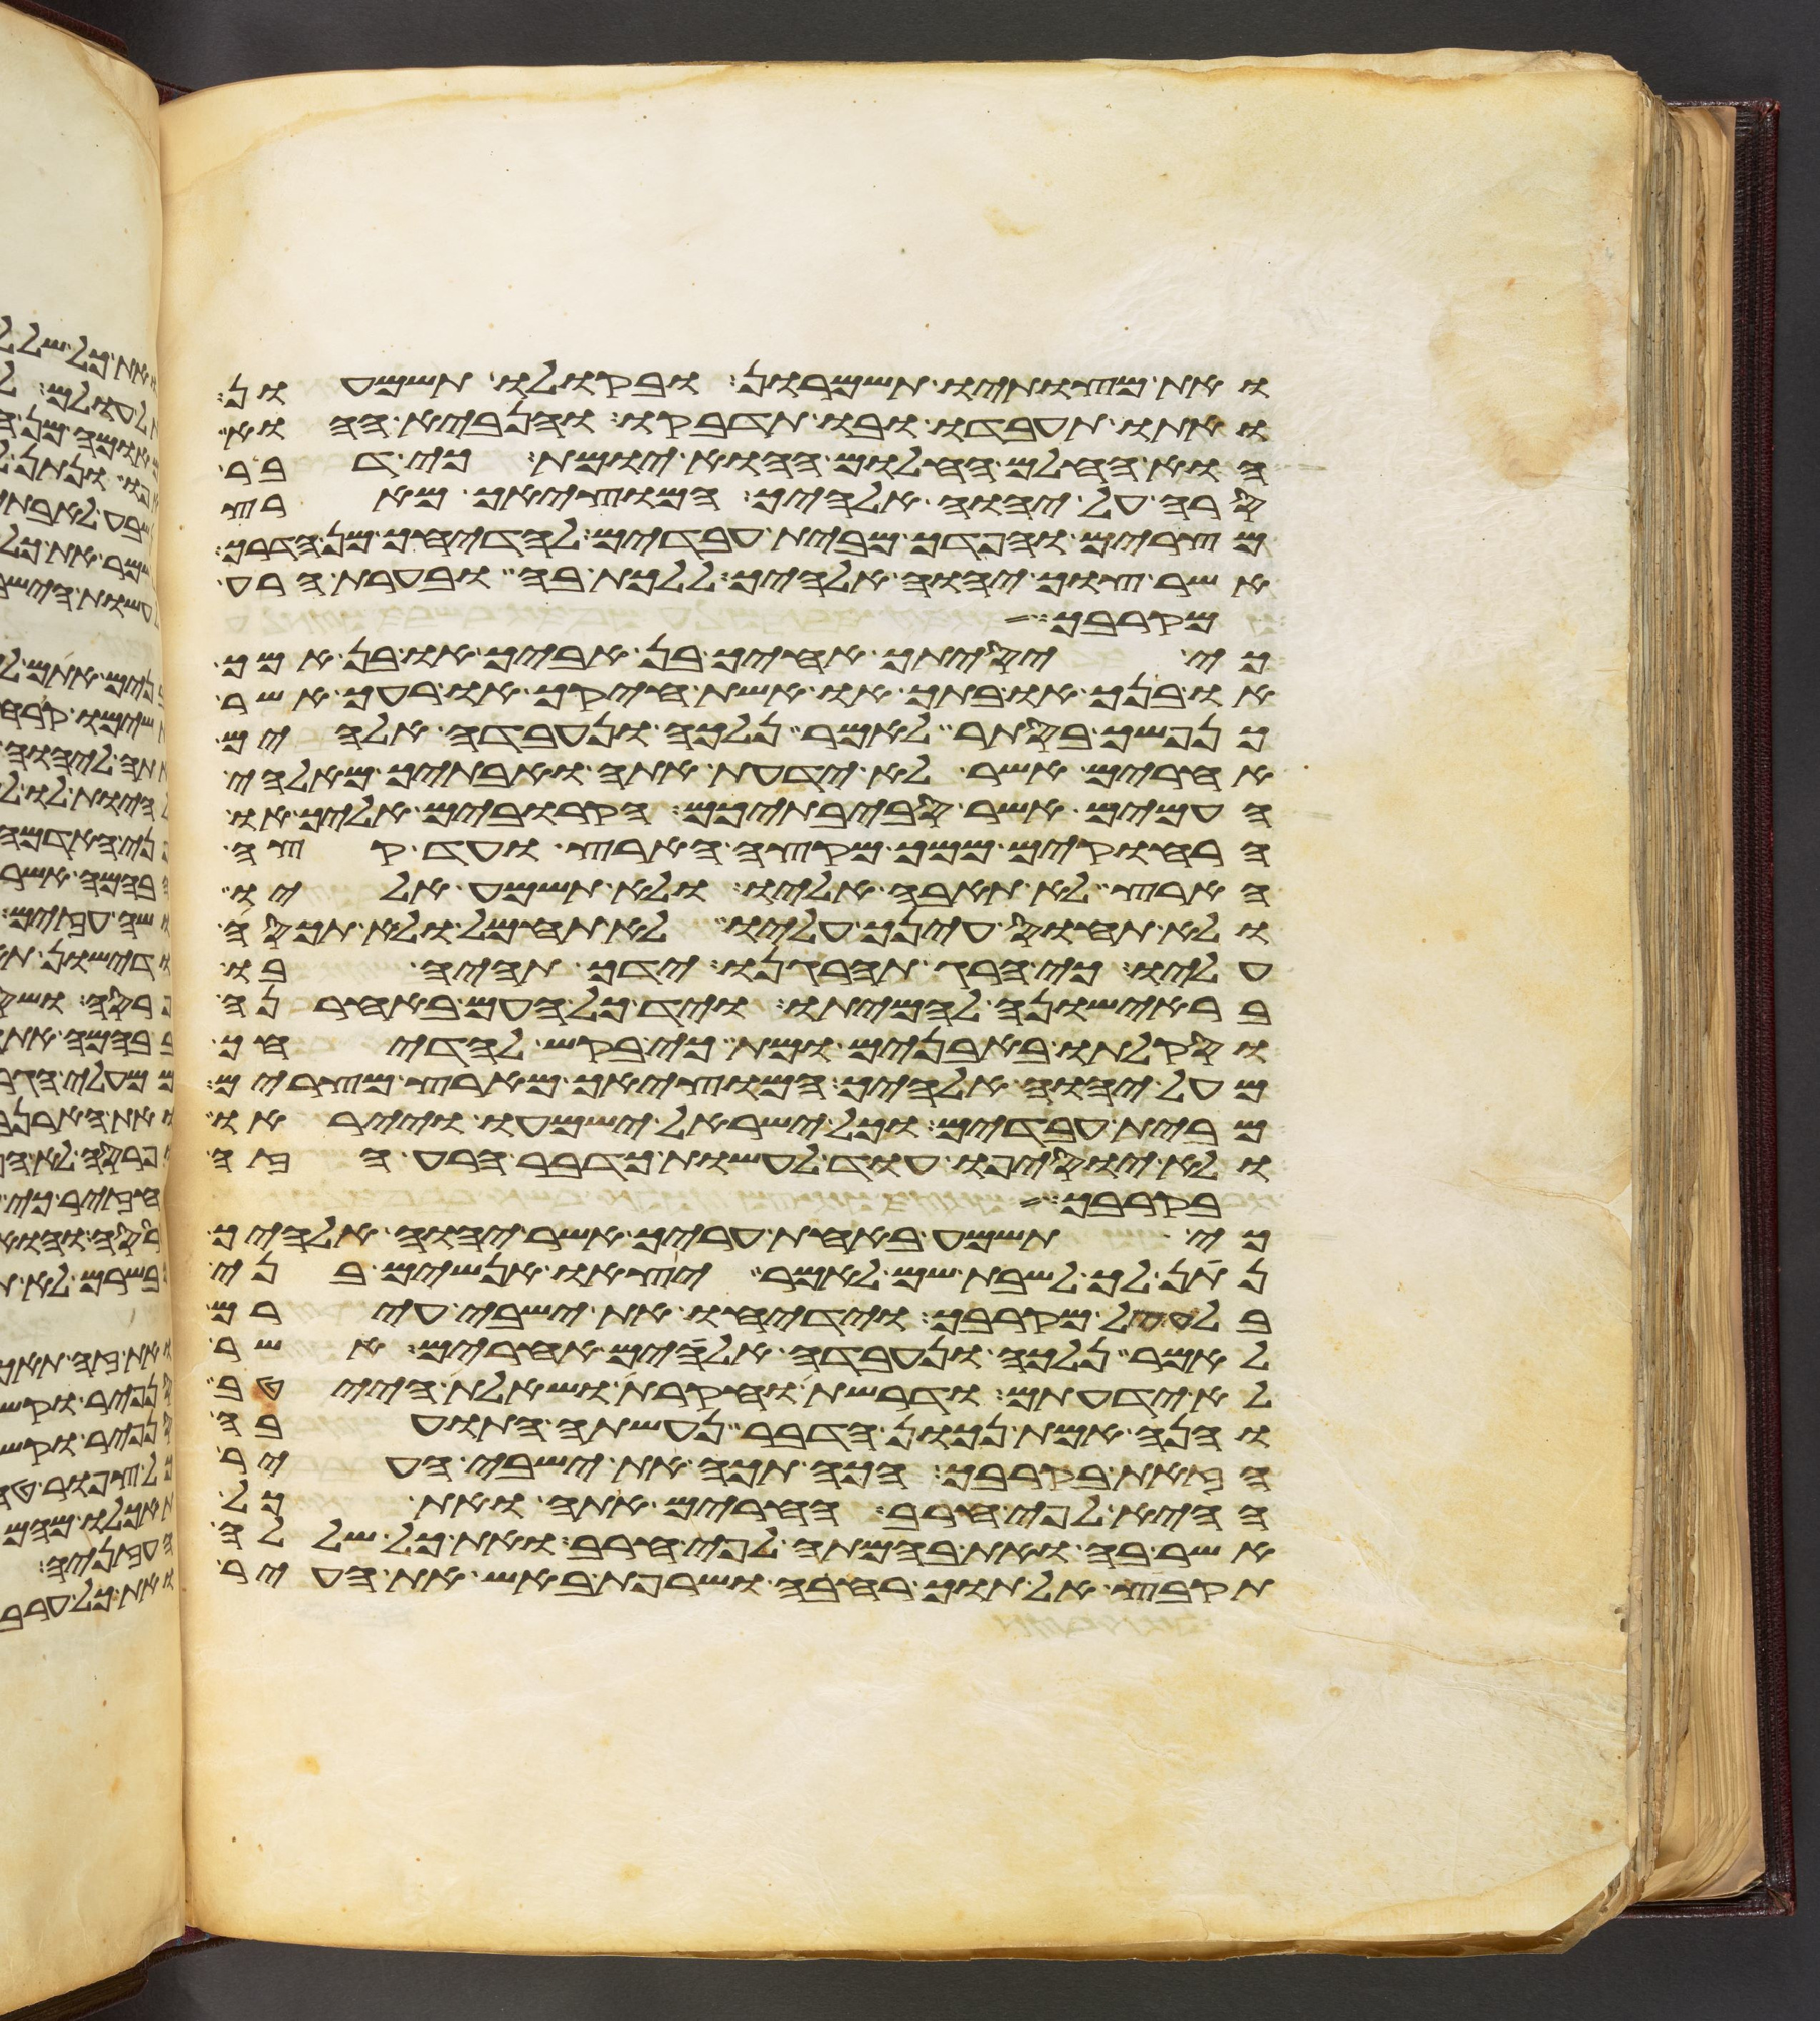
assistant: ואת מצותיו תשמרון ובקולו תשמעון
ואתו תעבדו ובו תדבקו והנביא ההוא
או החלם החלום ההוא יומת כי דבר
סרה על יהוה אלהיך המוציאך מארץ
מצרים והפדך מבית עבדים להדיחך מן הדרך
אשר צוך יהוה אלהיך ללכת בה ובערת הרע
מקרבך
כי יסיתך אחיך בן אביך או בן אמך
או בנך או בתך או אשת חיקך או רעך אשר
כנפשך בסתר לאמר נלכה ונעבדה אלהים
אחרים אשר לא ידעת אתה ואבתיך מאלהי
העמים אשר סביבתיכם הקרובים אליך או
הרחוקים ממך מקצה הארץ ועד קצה
הארץ לא תאבה אליו ולא תשמע אליו
ולא תחוס עינך עליו ולא תחמל ולא תכסה
וסקלתו באבנים ומת כי בקש להדיחך
מעל יהוה אלהיך המוציאך מארץ מצרים
מעל יהוה אלהים המוציאך מארץ מצרים
מבית עבדים וכל ישראל ישמעו וייראו
בקרב עמה ואם
בקרבך אעב הת א
כי תשמע באחת עריך אשר יהוה אלהיך
בלעיל מקרבך וידיחו את ישבי עירם
בלעקל מקרבך וידיחו את ישבי עירם
לאמר נלכה ונעבדה אלהים אחרים אשר
לא ידעתם ודרשת וחקרת ושאלת הייטב
והנה אמת נכון הדבר נעשתה התועבה
הזאת בקרבך הכה תכה את ישבי העיר
ההיא לפי חרב החרים אתה ואת כל
תקבץ אל תוך רחבה ושרפת באש את העיר
תקבץ אלתוך רחבה ושרפת באש את העיר